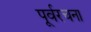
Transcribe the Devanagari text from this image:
पूर्वरचना